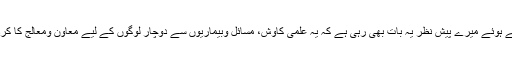
یہ تحریر، لکھتے ہوئے میرے پیش نظر یہ بات بھی رہی ہے کہ یہ علمی کاوش، مسائل وبیماریوں سے دوچار لوگوں کے لیے معاون ومعالج کا کردار ادا کرسکے۔